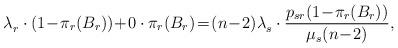
LaTeX: \begin{align*}\lambda_r^{} \cdot (1 \!-\! \pi_r(B_r)) \!+\! 0 \cdot \pi_r(B_r) \!=\! (n\!-\!2)\lambda_s^{} \cdot \frac{p_{sr}(1 \!-\! \pi_r(B_r))}{\mu_s(n\!-\!2)}, \end{align*}